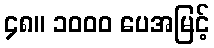
၄၈။ ၁၀၀၀ ပေအမြင့်